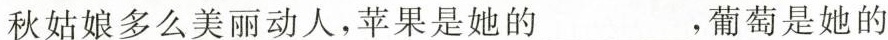
秋姑娘多么美丽动人，苹果是她的___，葡萄是她的